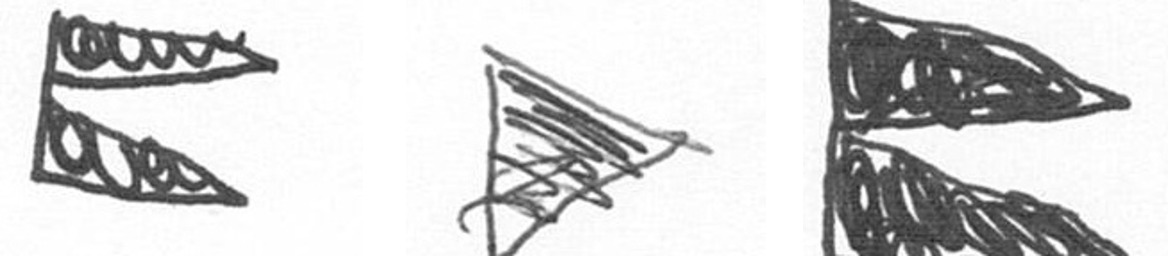
P T P